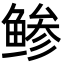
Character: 鲹